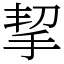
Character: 挈